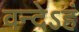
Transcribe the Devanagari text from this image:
वन्देऽहं